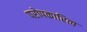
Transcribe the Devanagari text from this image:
परोपकारित्व